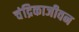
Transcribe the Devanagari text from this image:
चंद्रिकाजीवन